Lunatic asylums in Bengal annual reports 1888-1898 - 1888-1898
Year: 1888
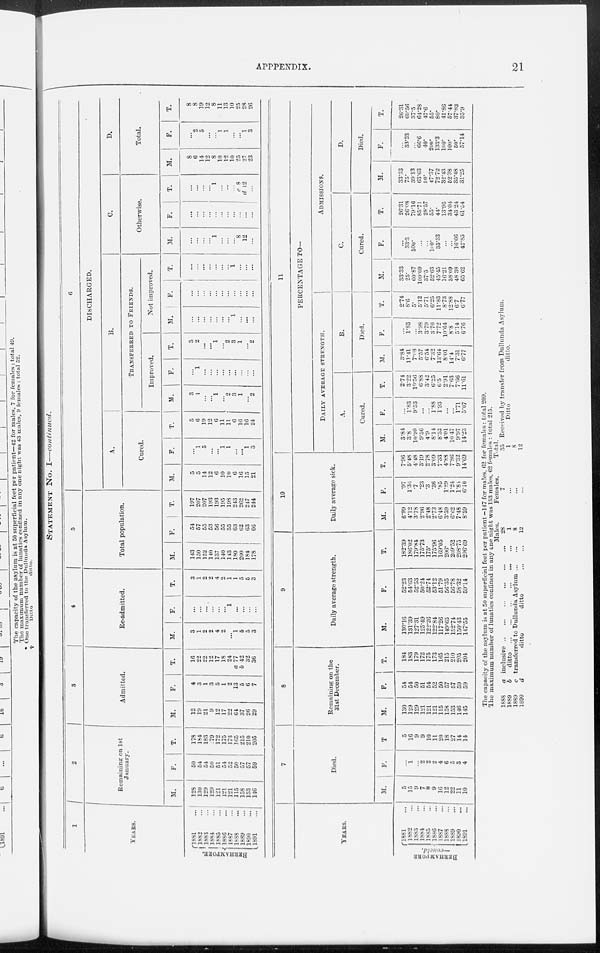
APPENDIX.
21
STATEMENT No. I—continued.
BERHAMPORE
1
YEARS.
1881 ...
1882 ...
1883 ...
1884 ...
1885 ...
1886 ...
1887 ...
1888 ...
1889 ...
1890 ...
1891...
2
Remaining on 1st
January.
M.
128
130
129
129
121
121
121
115
158
153
146
F.
50
54
54
50
51
54
52
50
57
57
59
T.
178
184
183
179
172
175
173
165
215
210
205
3
Admitted.
M.
12
19
21
9
12
17
22
64
37
26
29
F.
4
3
1
3
5
1
2
13
5
6
7
T.
16
22
22
12
17
18
24
a 77
b 42
32
36
4
Re-admitted.
M.
3
1
2
2
4
2
...
1
5
5
3
F.
...
...
...
...
...
...
1
...
...
...
...
T.
3
1
2
2
4
2
1
1
5
5
3
5
Total population.
M.
143
150
152
140
137
140
143
180
200
184
178
F.
54
57
55
53
56
55
55
63
62
63
66
T.
197
207
207
193
193
195
198
243
262
247
244
6
DISCHARGED.
A.
Cured.
M.
5
5
14
12
6
10
10
6
16
15
21
F.
...
1
5
...
...
1
1
...
...
1
3
T.
5
6
19
12
6
11
11
6
16
16
24
B.
TRANSFERRED TO FRIENDS.
Improved.
M.
3
1
...
...
1
...
2
3
1
...
2
F.
...
1
...
...
...
...
...
...
...
...
...
T.
3
2
...
...
1
...
2
3
1
...
2
Not improved.
M.
...
...
...
...
...
...
...
1
...
...
...
F.
...
...
...
...
...
...
...
...
...
...
...
T.
...
...
...
...
...
...
1
...
...
...
C.
Otherwise.
M.
...
...
...
...
1
...
...
...
8
12
...
F.
...
...
...
...
...
...
...
...
...
...
...
T.
...
...
...
...
1
...
...
...
c 8
d 12
...
D.
Total.
M.
8
6
14
12
8
10
12
10
25
27
23
F.
...
2
5
...
...
1
1
...
...
1
3
T.
8
8
19
12
8
11
13
10
25
28
26
YEARS.
BERHAMPORE
—concld.
1881 ...
1882 ...
1883 ...
1884 ...
1885 ...
1886 ...
1887 ...
l888 ...
1889 ...
1890 ...
1891 ...
7
Died.
M.
5
15
9
7
8
9
16
12
22
11
10
F.
...
1
...
2
2
2
4
6
7
3
4
T
5
16
9
9
10
11
20
18
27
14
14
8
Remaining on the
31st December.
M.
130
129
129
121
121
121
115
158
153
146
145
F.
54
54
50
51
54
52
50
57
57
59
59
T.
184
183
179
172
175
173
165
215
210
205
204
9
Daily average strength.
M.
130.16
131.39
127.31
125.49
122.26
122.84
117.26
149.65
152.74
150.43
147.55
F.
52.23
54.63
52.53
50.24
52.74
53.12
51.79
56.35
56.78
58.32
59.14
T.
182.39
186.02
179.84
175.73
175.
175.96
169.05
206.
209.52
208.75
206.69
10
Daily average sick.
M.
6.99
4.12
3.78
2.96
2.48
2.73
6.48
3.59
6.62
7.48
8.59
F.
.97
1.36
.7
.23
.3
.36
.85
l.29
1.24
1.84
6.10
T.
7.96
5.48
4.48
3.19
2.78
3.09
7.33
4.88
7.86
9.3.2
14.69
11
PERCENTAGE TO¬
DAILY AVERAGE STRENGTH.
A.
Cured.
M.
3.84
3.8
10.99
9.56
4.9
8.14
8.52
4.01
10.47
9.97
14.23
F.
...
1.83
9.53
...
...
1.88
1.93
...
...
1.71
5.07
T.
2.74
3.22
10.56
6.88
3.42
6.25
6.5
2.91
7.63
7.66
11.61
B.
Died.
M.
3.84
11.41
7.08
5.57
6.54
7.32
13.64
8.01
14.4
7.31
6.77
F.
...
1.83
...
3.98
3.79
3.76
7.72
10.64
8.8
5.14
6.76
T.
2.74
8.6
5.
5.12
5.71
6.25
11 .83
8.73
12.88
6.7
6.77
ADMISSIONS.
C.
Cured.
M.
33.33
25.
60.87
109.09
37.5
52.63
45.45
16.21
38.09
48 38
65.62
F.
...
33.3
500.
...
...
100.
33.33
...
...
16.66
42.85
T.
26.31
26.08
79.16
85.71
28.57
55.
44.
13.95
34.04
43.24
61.54
D.
Died.
M.
33.33
75.
39.13
63.63
50.
47.37
72.72
32.43
52.38
35.48
31.25
F.
...
33.33
...
66.6
40.
200.
133.3
100.
109.
50.
57.14
T.
26.31
69.56
37.5
64.28
47.6
55.
80.
41.86
57.44
37.83
35.9
The capacity of the asylum is at 50 superficial feet per patient —147 for males, 62 for females: total 209.
The maximum number of lunatics confined in any cue night was 153 males, 62 females : total 215.
1888
1889
1889
1890
a inclusive
...
...
...
...
...
...
b
ditto
...
...
...
...
...
...
c transferred to Dullunda Asylum
...
...
d
ditto
ditto
...
...
Males.
28
1
8
12
Females.
7
...
...
...
Total.
35
1
8
12
Received by transfer from Dullunda Asylum.
Ditto
ditto.